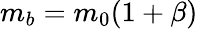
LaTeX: m_{b}=m_{0}(1+\beta)